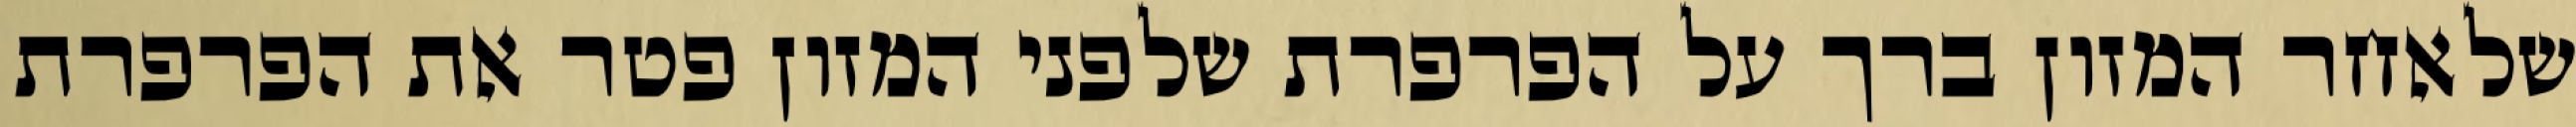
שלאחר המזון ברך על הפרפרת שלפני המזון פטר את הפרפרת